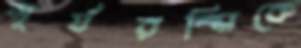
সূর্যরশ্মিকে